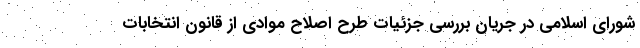
شورای اسلامی در جریان بررسی جزئیات طرح اصلاح موادی از قانون انتخابات